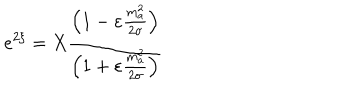
LaTeX: e ^ { 2 \xi } = X \frac { \left( 1 - \varepsilon \frac { m _ { a } ^ { 2 } } { 2 \sigma } \right) } { \left( 1 + \varepsilon \frac { m _ { a } ^ { 2 } } { 2 \sigma } \right) }